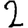
Digit: 2